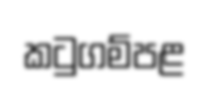
කටුගම්පළ